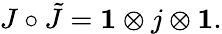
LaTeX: J\circ\tilde{J}={\mathbf 1}\otimes j\otimes{\mathbf 1}.